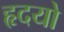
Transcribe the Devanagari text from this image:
हृदयो